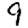
Digit: 9